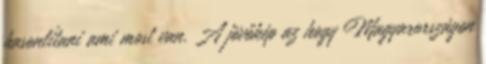
hasonlítani ami most van. A jövőkép az hogy Magyarországon